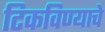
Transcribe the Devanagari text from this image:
टिकविण्याचे